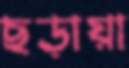
ছড়ায়া